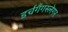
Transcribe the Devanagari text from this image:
डर्चगँगस्लेगर